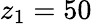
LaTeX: z_{1}=50